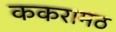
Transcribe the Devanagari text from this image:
ककरामठ